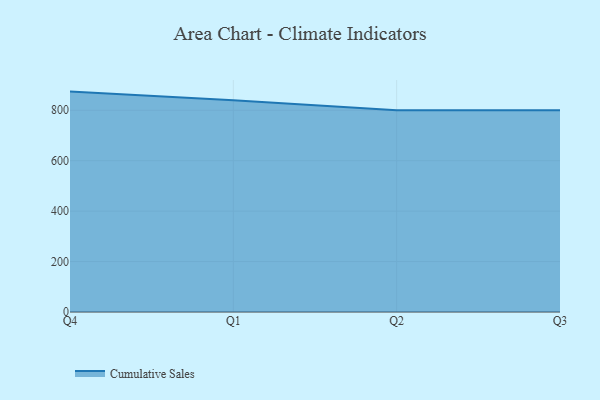
{"axis": {"x": "Quarter", "y": "Headcount"}, "legend": ["Cumulative Sales"], "data": [{"x": "Q4", "y": 874.1, "type": "Cumulative Sales"}, {"x": "Q1", "y": 840.0, "type": "Cumulative Sales"}, {"x": "Q2", "y": 800, "type": "Cumulative Sales"}, {"x": "Q3", "y": 800, "type": "Cumulative Sales"}]}